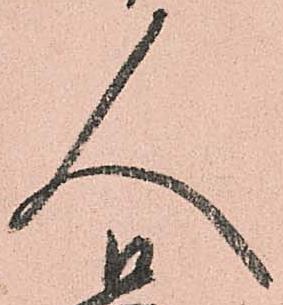
人